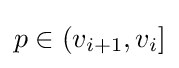
p\in (v_{i+1},v_{i}]